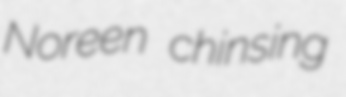
Noreen chinsing